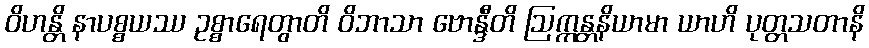
ဝိဟန္တိ နာပစ္စယဿ ဥစ္စာရေတွာတိ ဝိဘာသာ ဗောန္ဒီတိ ဩက္ကန္တနိယာမာ ယာဟိ ပုတ္တသတာနိ